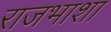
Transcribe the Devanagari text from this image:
राजभाशा